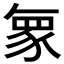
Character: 𮙠